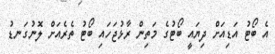
އެ ބޯޓު އަޑިއަށް ދިޔައީ ބޯޓުގެ މަތިން ރާޅުޖަހައި ބޯޓު ތެރެއަށް ލޮނުގަނޑު